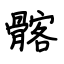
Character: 髂